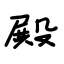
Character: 殿